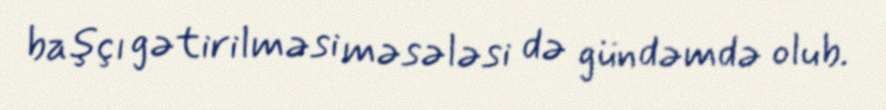
başçı gətirilməsi məsələsi də gündəmdə olub.